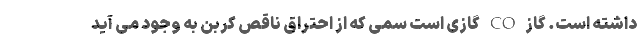
داشته است. گاز CO گازی است سمی که از احتراق ناقص کربن به وجود می آید